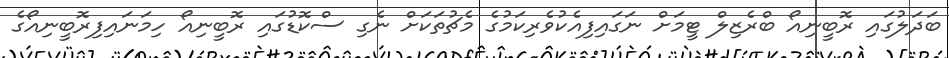
ބަދަލުގައި ރޮބީނިއޯ ބްރެޒިލް ޓީމަށް ނަގައިފިއެކުވެރިކަމުގެ މެޗުތަކަށް ނެގި ސްކޮޑުގައި ރޮބީނިއޯ ހިމަނައިފިރޮބީނިއޯގެ